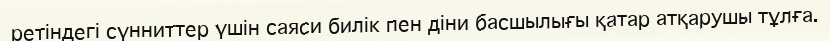
ретіндегі сүнниттер үшін саяси билік пен діни басшылығы қатар атқарушы тұлға.